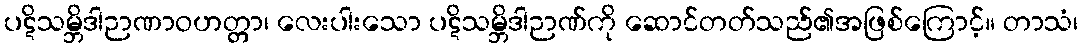
ပဋိသမ္ဘိဒါဉာဏာဝဟတ္တာ၊ လေးပါးသော ပဋိသမ္ဘိဒါဉာဏ်ကို ဆောင်တတ်သည်၏အဖြစ်ကြောင့်။ တာသံ၊